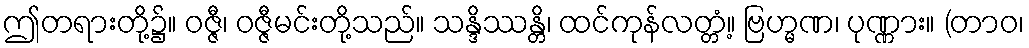
ဤတရားတို့၌။ ဝဇ္ဇီ၊ ဝဇ္ဇီမင်းတို့သည်။ သန္ဒိဿန္တိ၊ ထင်ကုန်လတ္တံ့။ ဗြဟ္မဏ၊ ပုဏ္ဏား။ (တာဝ၊